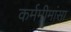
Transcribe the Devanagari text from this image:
कर्ममीमांसा